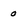
Character: 0